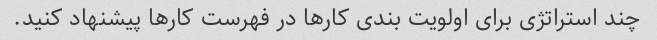
چند استراتژی برای اولویت بندی کارها در فهرست کارها پیشنهاد کنید.